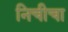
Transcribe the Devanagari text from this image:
निचीचा